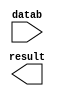
module sub_mass_08_12_2 (
	datab,
	result);

	input	[13:0]  datab;
	output	[13:0]  result;

endmodule